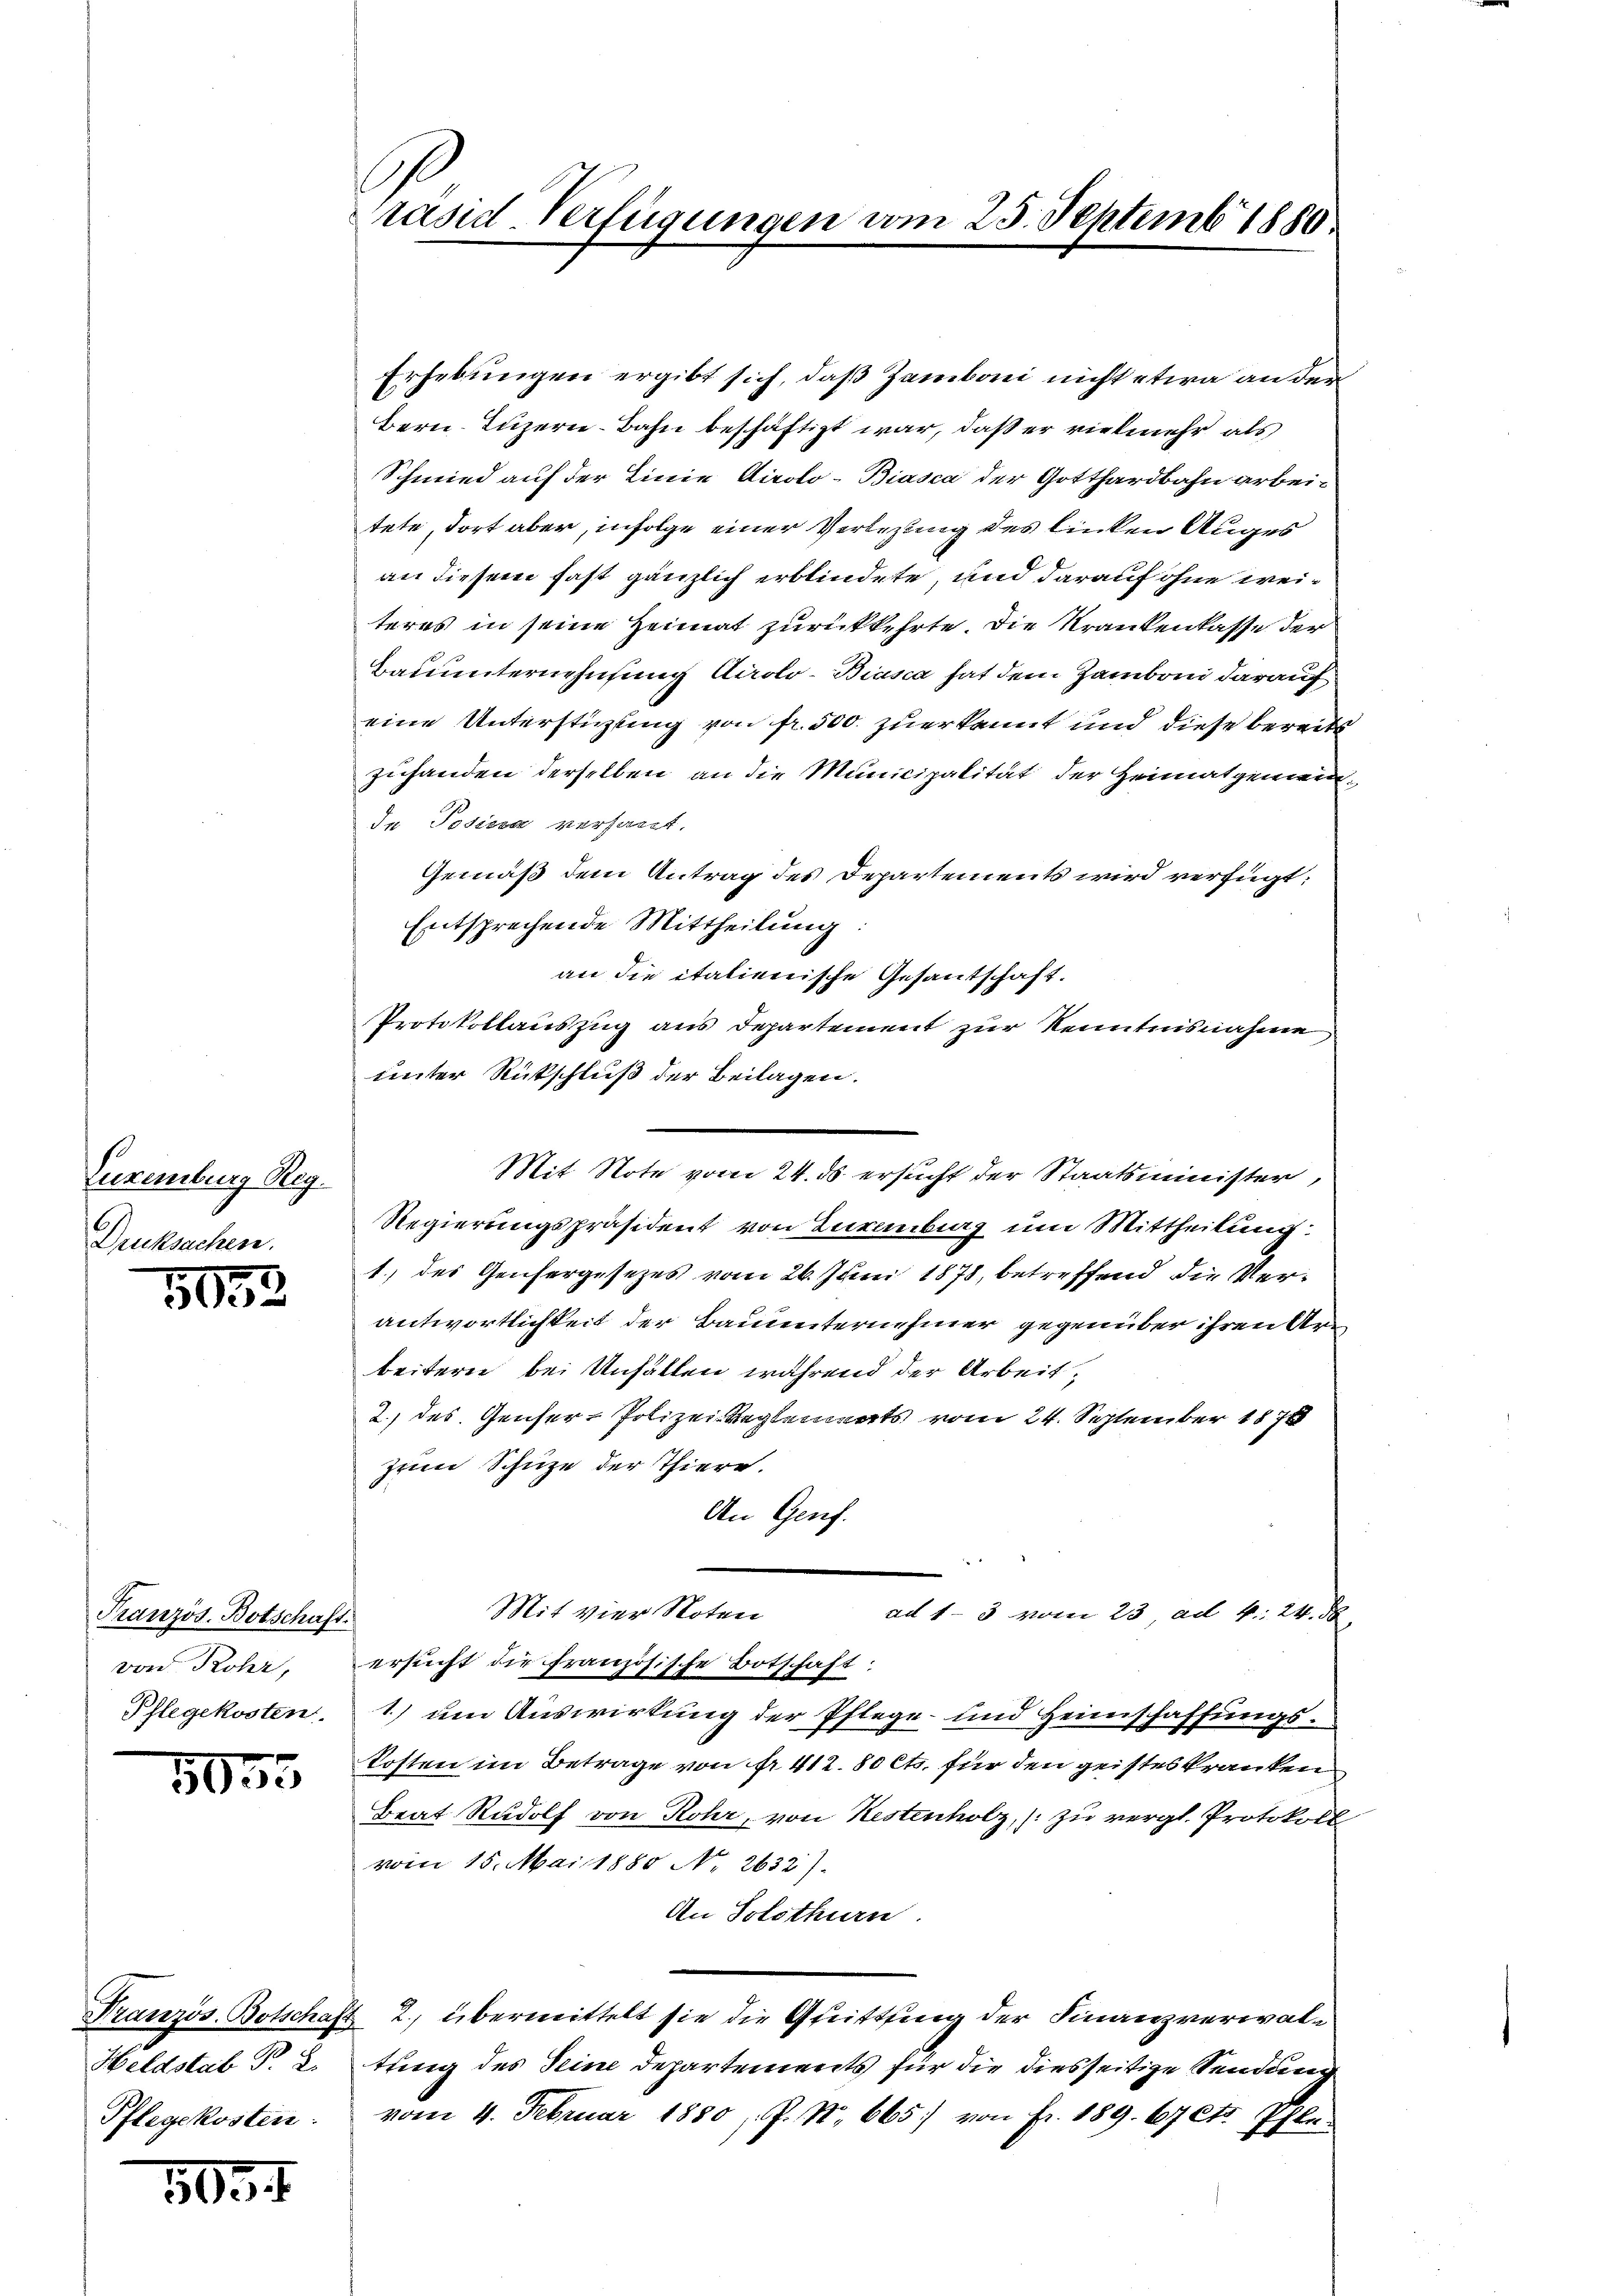
Euremburg Reg.
Drucksachen.

5032

Französ. Botschaft
von Rohr,
Pflegekosten.

5055

Französ. Botschaf
Heldstab P. 2.
Pflegekosten.

803.

.
rasid-Verfügungen vom 25. Septemb. 1880.

Erhebungen ergibt sich, daß Zamboni nicht etwa an der
Bern. Luzern Bahn beschäftigt war, daß er vielmehr als
Schmied auf der Linie Airolo-Biasca der Gotthardbahn arbeitete, dort aber, infolge einer Verlegung des linken Auges
an diesem fast gänzlich erblindete, und darauf ohne weiteres in seine Heimat zurückkehrte. Die Krankenkasse der
Bauunternehmung Airolo-Biasca hat dem Zamboni darauf
eine Unterstüzling von fr. 500. zuerkannt und diese bereits
zuhanden derselben an die Municipalität der Heimatgemein¬
Ie Posiesa versant.
Gemäß dem Antrag des Departements wird verfügt:
Entsprechende Mittheilung
an die italienische Gesantschaft.
Protokollauszug aus Departement zur Kenntnisnahme
unter Rückschluß der Beilagen.
Mit Note vom 24. ds ersucht der Staatsminister,
Regierungspräsident von Zuremburg um Mittheilung:
1.) des Genergesezes vom 26. Juni 1878, betreffend die Verantwortlichkeit der Bauunternehmer gegenüber ihren Arbeitern bei Unhalten während der Arbeit;
2) des Genser- Polizei Reglenats vom 24. September 1878
zum Schüze der Thiere.
An Genf.
Mit vier Noten
ad 1-3 vom 23. ad 4. 24. 56
ersucht die französische Botschaft:
1.) um Auswirkung der Pflege- und Heimschaffungskosten im Betrage von Nr. 412.80 Cts. für den geistes kranken
Beat Rudolf von Rohr, von Kestenholz, zu vergl. Protokoll
vom 15. Mai 1880 No 2632).
An Solothurn
2., übermittelt sie die Quittfing der Finanzverwal¬
.
tung des Seine Departements für die diesseitige Sendung
vom 4. Februar 1880 J. N. 665. von Fr. 189. 67 Cts. Pfle¬